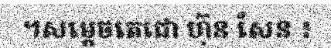
។សម្តេចតេជោ ហ៊ុន សែន ៖